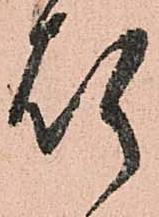
煩